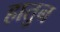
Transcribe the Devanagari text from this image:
हातुन